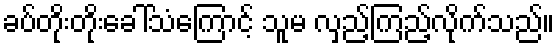
ခပ်တိုးတိုးခေါ်သံကြောင့် သူမ လှည့်ကြည့်လိုက်သည်။